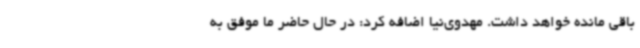
باقی مانده خواهد داشت. مهدوی‌نیا اضافه کرد: در حال حاضر ما موفق به